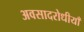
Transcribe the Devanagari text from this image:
अवसादरोधीयाँ